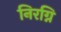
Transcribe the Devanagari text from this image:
निरग्नि